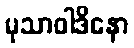
မုသာဝါဒိနော